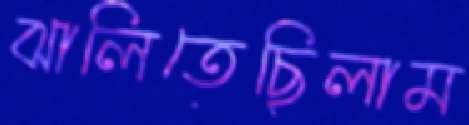
ঝালিতেছিলাম